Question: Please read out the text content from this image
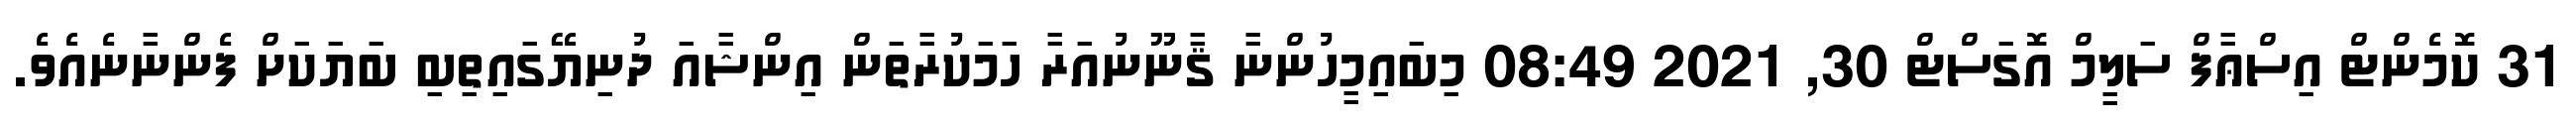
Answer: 31 ކޮމެންޓް އިސްޢާފް ސަލީމް އޮގަސްޓް 30, 2021 08:49 މިބައިމީހުންނާ ޤާނޫނުއަރާ ހަމަކުރާތަން އިންޝާއަ ދުނިޔޭގައިތިބި ބަޔަކަށް ފެންނާނެއެވެ.